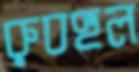
রুবহুল